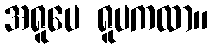
အရူပေ ရူပကထာ။